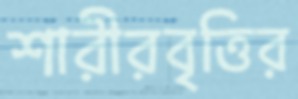
শারীরবৃত্তির